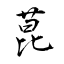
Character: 菎